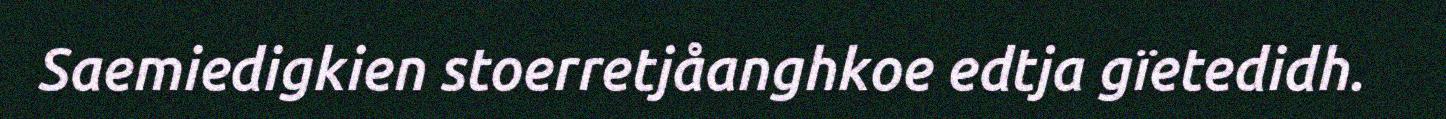
Saemiedigkien stoerretjåanghkoe edtja gïetedidh.